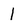
Character: I